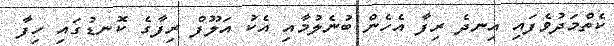
ކެތްމަދުވެފައި އިނދެ ރިފާ އެހެން ބުނެލުމާއި އެކު އަލޫފް ރިފާގެ ކޮނޑުގައި ހިފާ